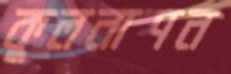
কুলনাশন